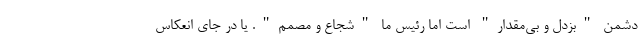
دشمن "بزدل و بی‌مقدار" است اما رئیس ما "شجاع و مصمم". یا در جای انعکاس